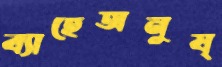
ব্যাহেঅনুষ্